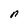
Character: n